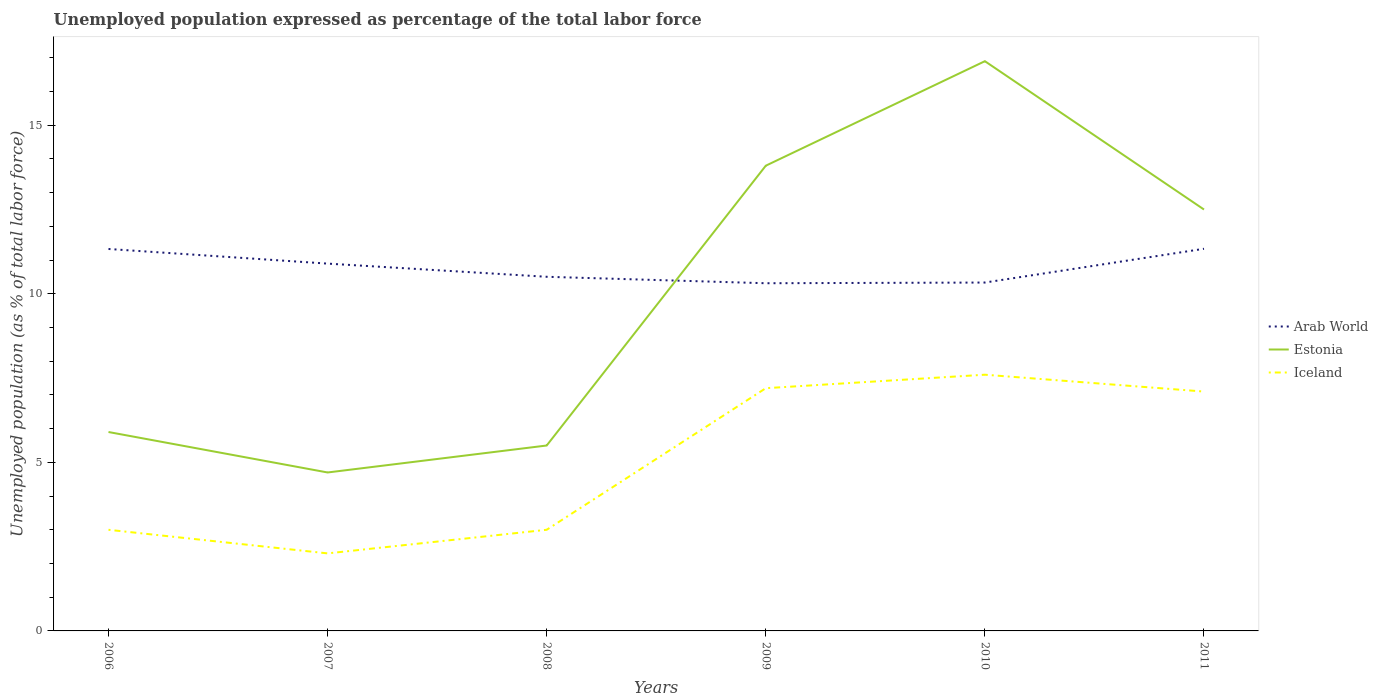
| Years | Arab World | Estonia | Iceland |
 | --- | --- | --- | --- |
 | 2006 | 11.3 | 5.9 | 3 |
 | 2007 | 10.9 | 4.7 | 2.3 |
 | 2008 | 10.5 | 5.5 | 3 |
 | 2009 | 10.3 | 13.8 | 7.2 |
 | 2010 | 10.3 | 16.9 | 7.6 |
 | 2011 | 11.3 | 12.5 | 7.1 |